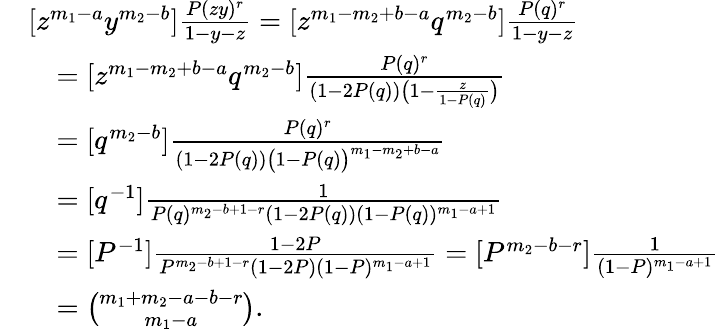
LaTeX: \begin{array}{rl}&{[z^{m_{1}-a}y^{m_{2}-b}]\frac{P(zy)^{r}}{1-y-z}=[z^{m_{1}-m_{2}+b-a}q^{m_{2}-b}]\frac{P(q)^{r}}{1-y-z}}\\ &{\quad=[z^{m_{1}-m_{2}+b-a}q^{m_{2}-b}]\frac{P(q)^{r}}{(1-2P(q))\big(1-\frac{z}{1-P(q)}\big)}}\\ &{\quad=[q^{m_{2}-b}]\frac{P(q)^{r}}{(1-2P(q))\big(1-P(q)\big)^{m_{1}-m_{2}+b-a}}}\\ &{\quad=[q^{-1}]\frac{1}{P(q)^{m_{2}-b+1-r}(1-2P(q))(1-P(q))^{m_{1}-a+1}}}\\ &{\quad=[P^{-1}]\frac{1-2P}{P^{m_{2}-b+1-r}(1-2P)(1-P)^{m_{1}-a+1}}=[P^{m_{2}-b-r}]\frac{1}{(1-P)^{m_{1}-a+1}}}\\ &{\quad=\binom{m_{1}+m_{2}-a-b-r}{m_{1}-a}.}\end{array}